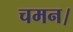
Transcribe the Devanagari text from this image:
चमन।